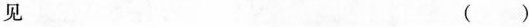
见 ( )